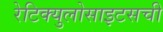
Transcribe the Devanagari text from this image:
रेटिक्युलोसाइटसची